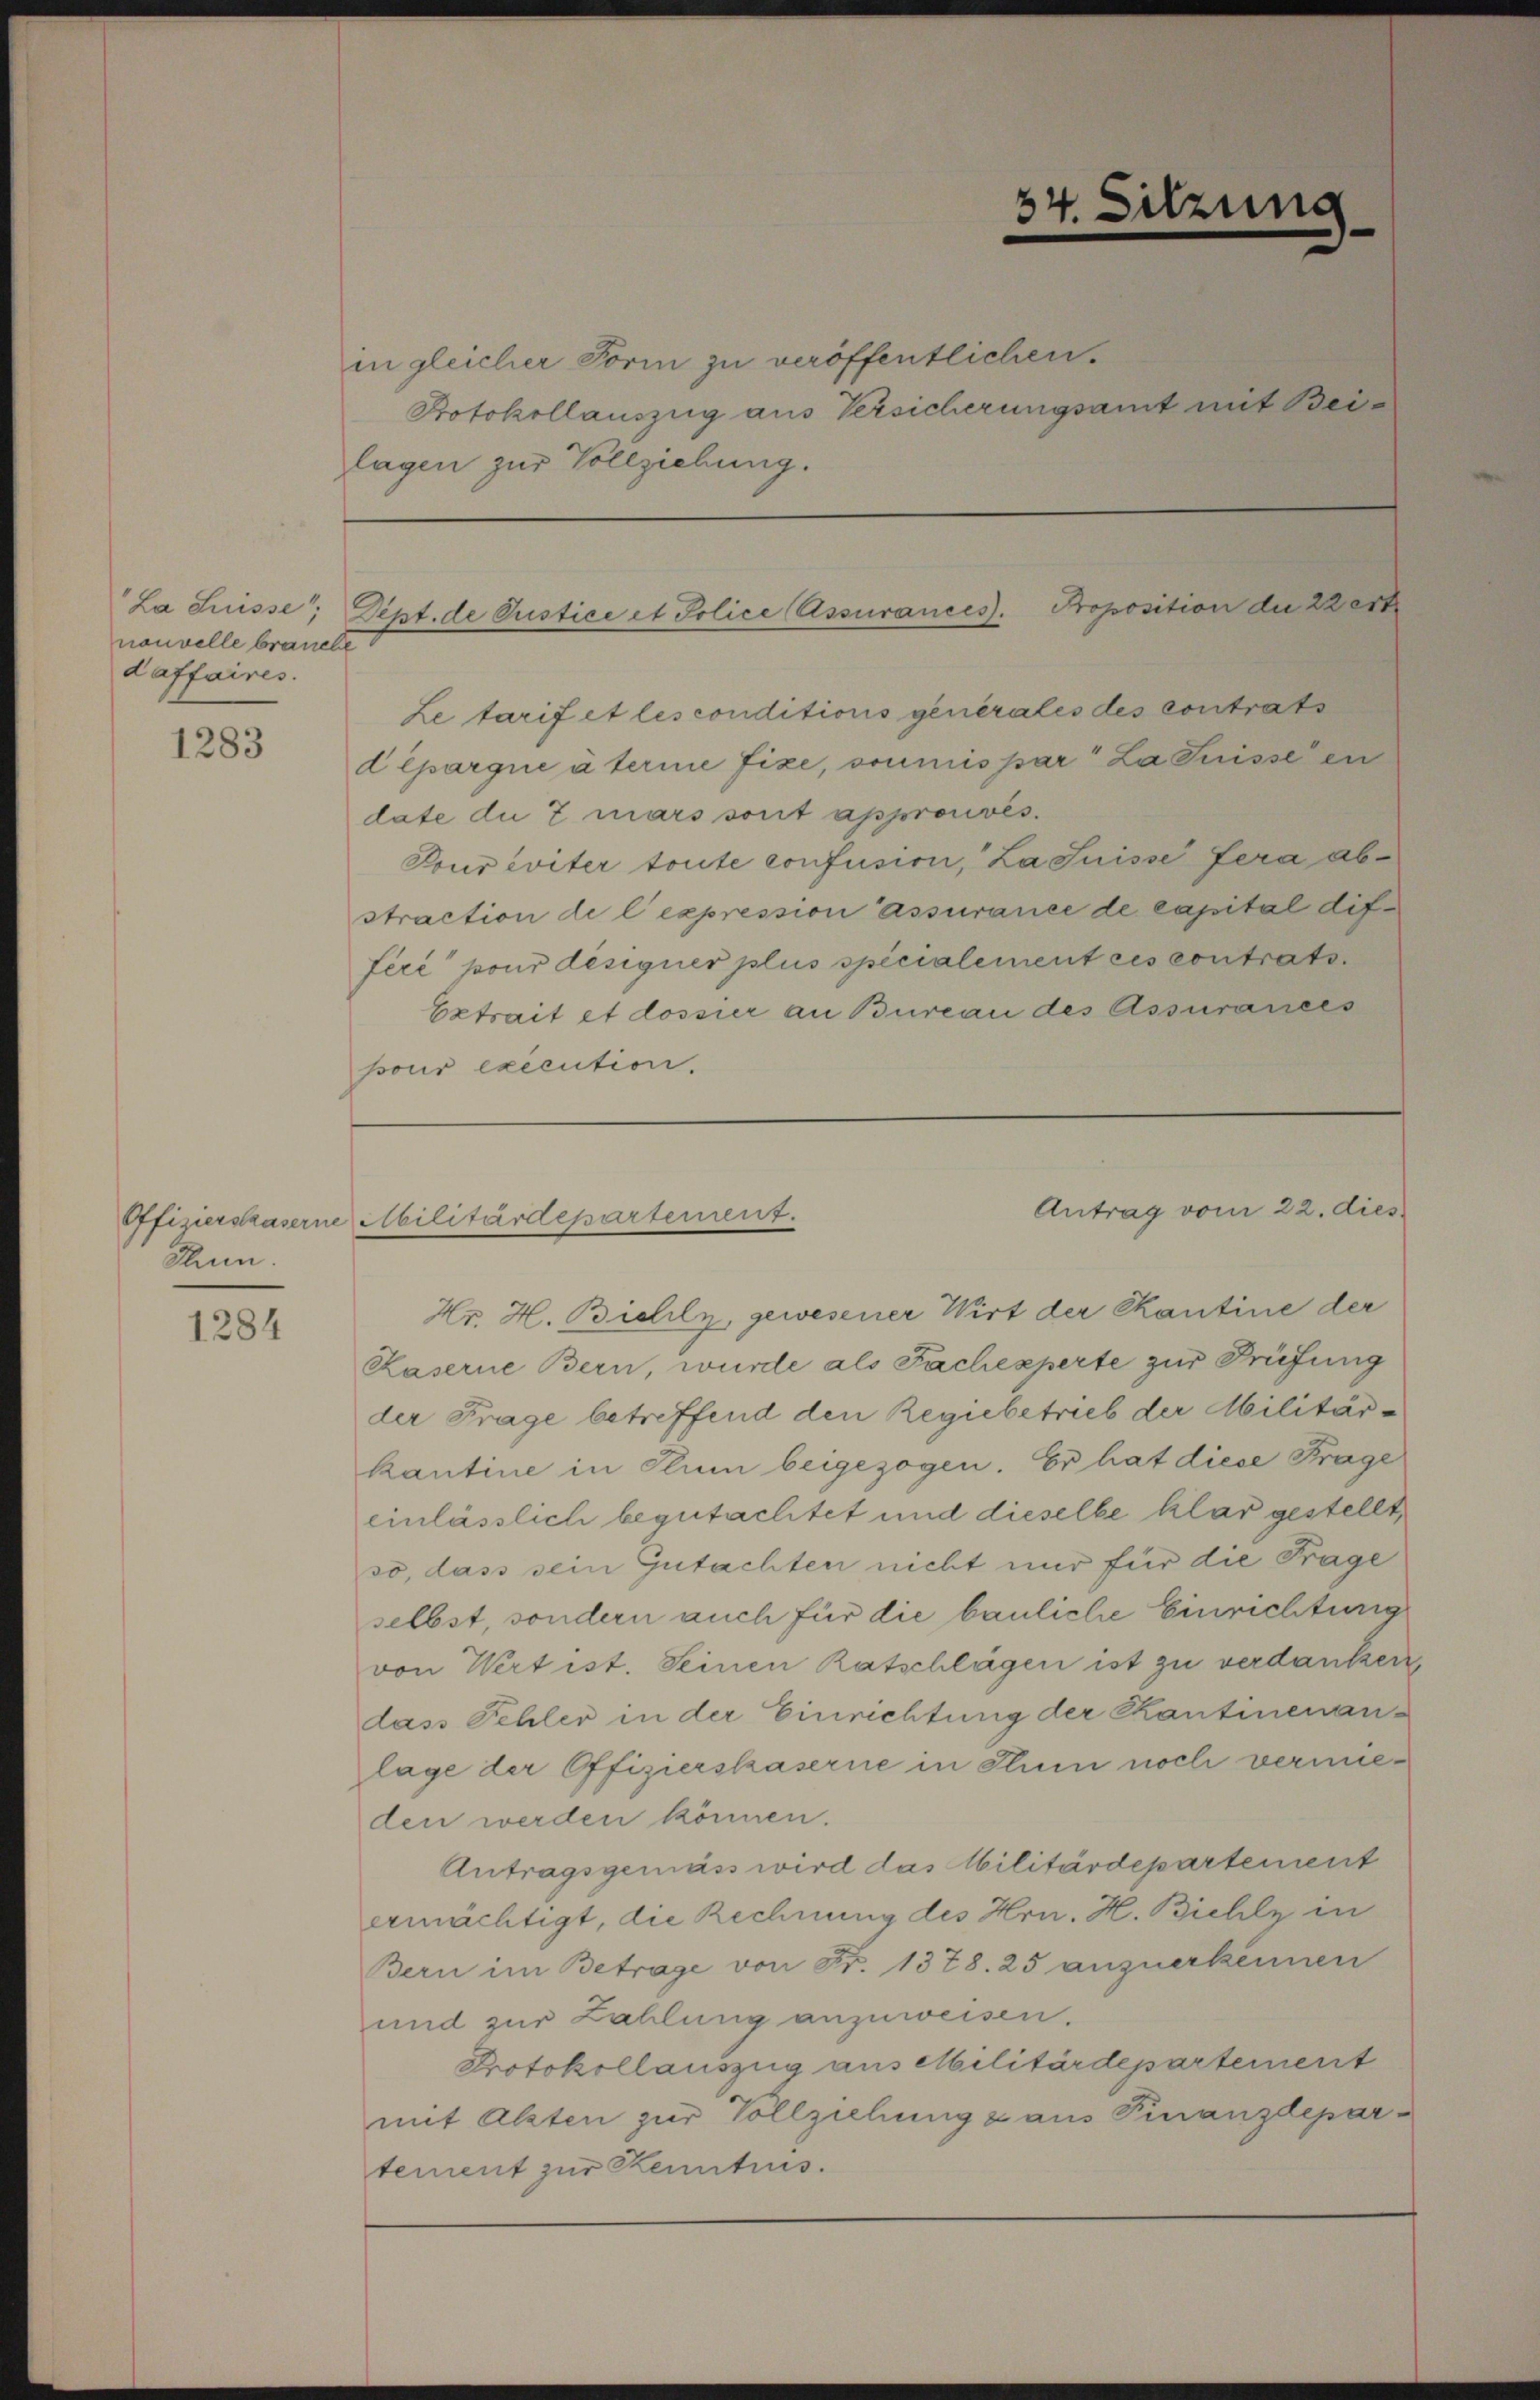
nouvelle brauche
daffaires.

1283

Thun.

1284

in gleicher Form zu veröffentlichen.
Protokollauszug aus Versicherungsamt mit Beilagen zur Vollziehung.

34. Sitzung

Le tarif et les conditions generales des contrats
dépargue à terme fixe, soumis par La Suisse en
date du mars sont approuvés.
Toureviter toute confusiri, La Suisse fera abstraction de l’expression assurance de capital différé pour designer plus specialement ces contrats.
Extrait et dossier an Bureau des Assurances
ssous exécution.

La Suisse, Dept. de Justice et Police Assurances. Proposition der Zett

Offizierskaserne Militärdepartement.

Hr. H. Bielilz, gewesener Wirt der Kantine der
Kaserne Bern, wurde als Fachexperte zur Prüfung
der Frage betreffend den Regiebetrieb der Militärkantine in Plum beigezogen. Er hat diese Frage
einlässlich begutachtet und dieselbe klar gestellt,
so, dass sein Gutachten nicht nur für die Frage
selbst, sondern auch für die bauliche Einrichtung
von Wert ist. Seinen Ratschlägen ist zu verdanken,
dass Schler in der Einrichtung der Kantinenan-
lage der Offizierskaserne in Thun noch vermieden werden können.
Antragsgemäss wird das Militärdepartement
ermächtigt, die Rechnung des Hrn. H. Bichlz in
Bern im Betrage von Fr. 1378. 25 anzuerkennen
und zur Zahlung anzuweisen.
Protokollauszug aus Militärdepartement
mit Alzten zur Vollziehung z aus Finanzdepartement zur Kenntnis.

Antrag vom 22. dies